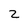
Character: 2